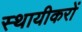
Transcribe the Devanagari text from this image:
स्थायीकरों